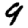
Digit: 9